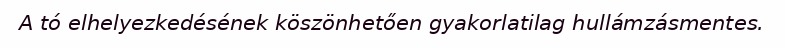
A tó elhelyezkedésének köszönhetően gyakorlatilag hullámzásmentes.